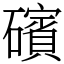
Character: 礗